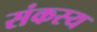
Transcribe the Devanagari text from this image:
संकस्य